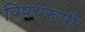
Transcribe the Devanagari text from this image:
विषयरूपी